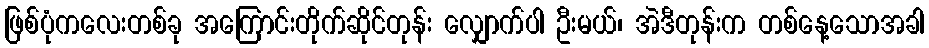
ဖြစ်ပုံကလေးတစ်ခု အကြောင်းတိုက်ဆိုင်တုန်း လျှောက်ပါ ဦးမယ်၊ အဲဒီတုန်းက တစ်နေ့သောအခါ